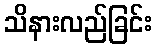
သိနားလည်ခြင်း